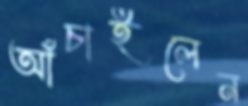
আঁচাইলেন